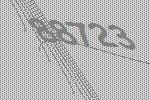
88723